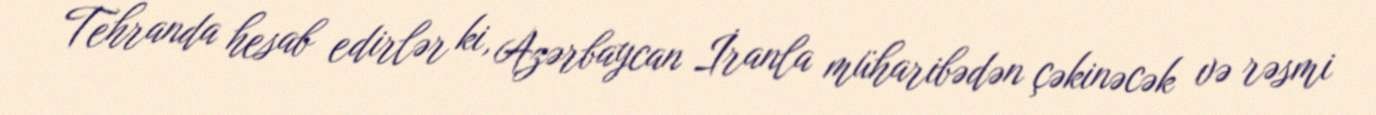
Tehranda hesab edirlər ki, Azərbaycan İranla müharibədən çəkinəcək və rəsmi